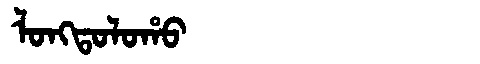
Manchu: ᠯᠣᠩᡨᠣᠯᠣᡥᠣ
Romanization: LONGTOLOHO